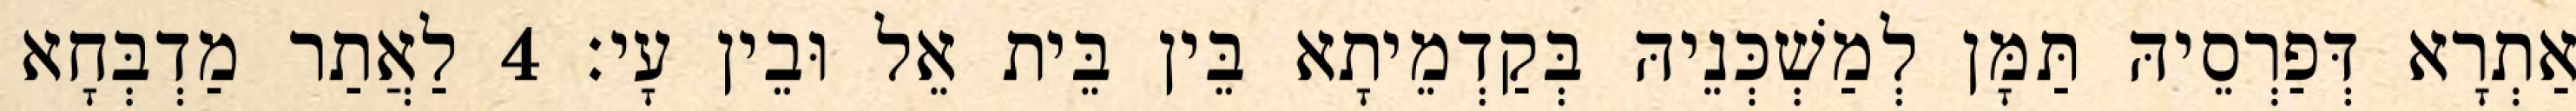
אַתְרָא דְּפַרְסֵיהּ תַּמָּן לְמַשְׁכְּנֵיהּ בְּקַדְמֵיתָא בֵּין בֵּית אֵל וּבֵין עָי׃ 4 לַאֲתַר מַדְבְּחָא